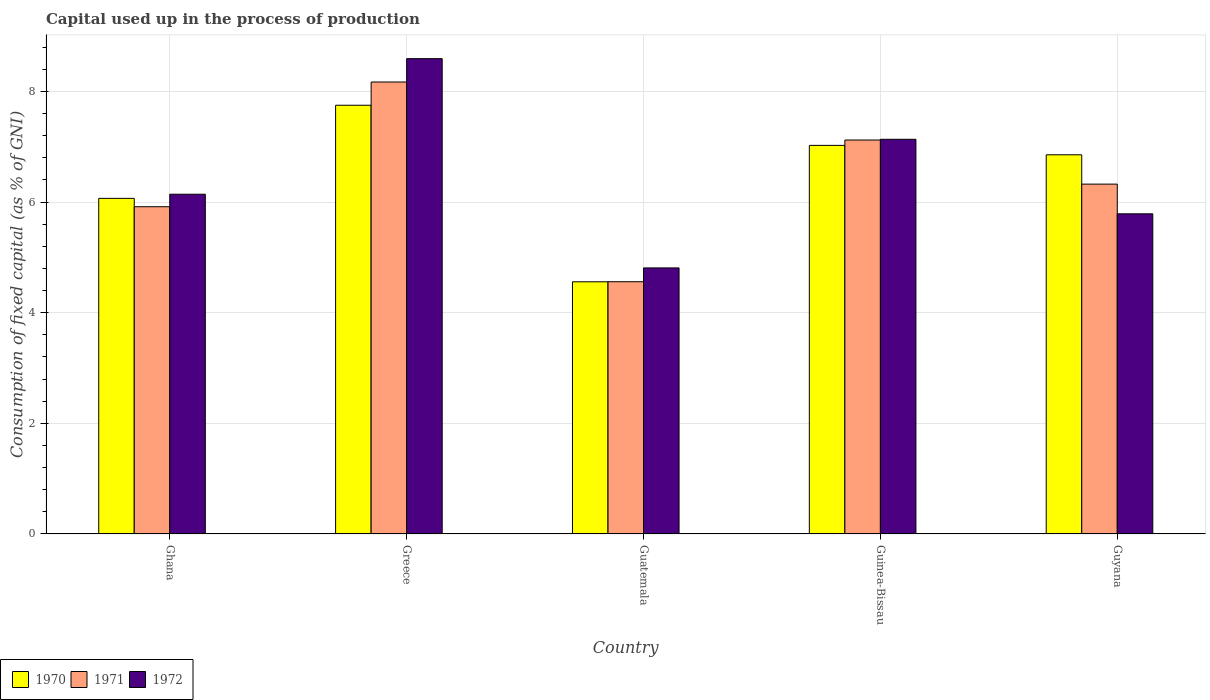
| Country | 1970 | 1971 | 1972 |
 | --- | --- | --- | --- |
 | Ghana | 6.07 | 5.92 | 6.14 |
 | Greece | 7.75 | 8.17 | 8.59 |
 | Guatemala | 4.56 | 4.56 | 4.81 |
 | Guinea-Bissau | 7.02 | 7.12 | 7.13 |
 | Guyana | 6.85 | 6.32 | 5.79 |